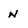
Character: n